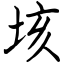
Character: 垓